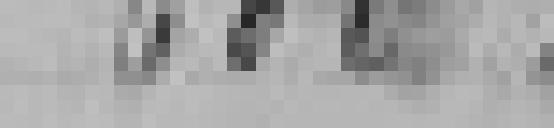
500